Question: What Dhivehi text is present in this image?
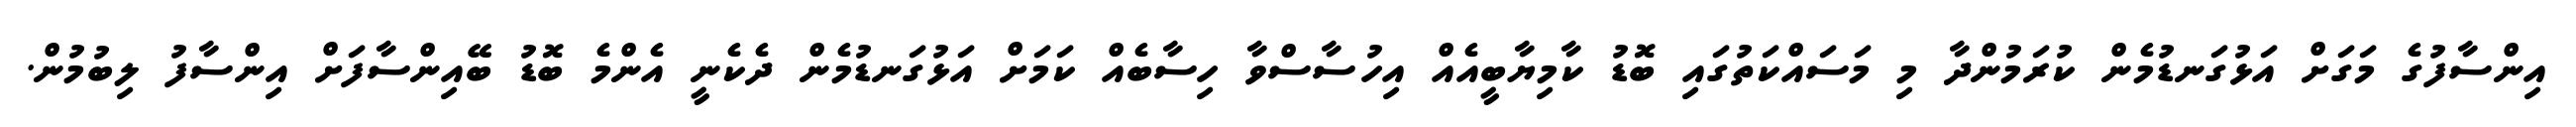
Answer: އިންސާފުގެ މަގަށް އަޅުގަނޑުމެން ކުރަމުންދާ މި މަސައްކަތުގައި ބޮޑު ކާމިޔާބީއެއް އިހުސާސްވާ ހިސާބެއް ކަމަށް އަޅުގަނޑުމެން ދެކެނީ އެންމެ ބޮޑު ބޭއިންސާފަށް އިންސާފު ލިބުމުން.